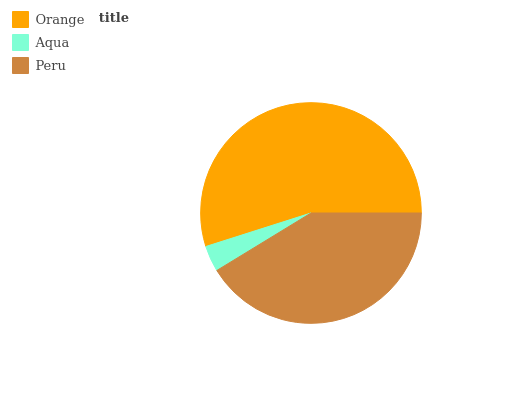
| Orange | Aqua | Peru |
 | --- | --- | --- |
 | 54.9% | 3.82% | 41.2% |